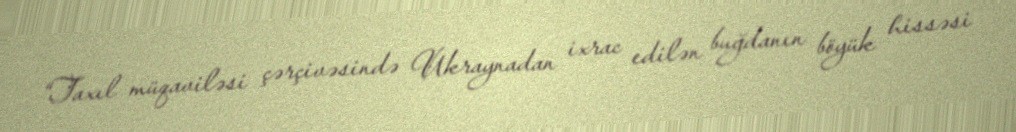
“Taxıl müqaviləsi çərçivəsində Ukraynadan ixrac edilən buğdanın böyük hissəsi